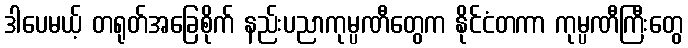
ဒါပေမယ့် တရုတ်အခြေစိုက် နည်းပညာကုမ္ပဏီတွေက နိုင်ငံတကာ ကုမ္ပဏီကြီးတွေ